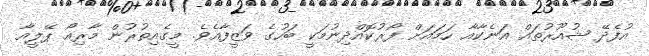
އުފެދޭ ޝުއޫރުތައް އަނެކާއާ ހަމައަށް ފޯރުކޮއްދިނުމަކީ ބަހުގެ ވަޒީފާއެވެ. މީގެއިތުރުން މާރިއޯ ޕޭލީއާ